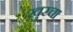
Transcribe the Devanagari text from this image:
खुरचा